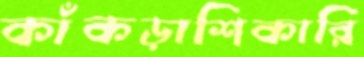
কাঁকড়াশিকারি